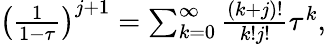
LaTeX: \begin{array}{r}{\left(\frac{1}{1-\tau}\right)^{j+1}=\sum_{k=0}^{\infty}\frac{(k+j)!}{k!j!}\tau^{k},}\end{array}